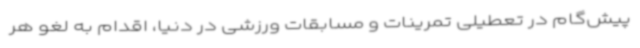
پیش‌گام در تعطیلی تمرینات و مسابقات ورزشی در دنیا، اقدام به لغو هر